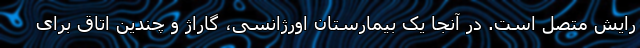
رایش متصل است. در آنجا یک بیمارستان اورژانسی، گاراژ و چندین اتاق برای